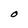
Character: O